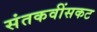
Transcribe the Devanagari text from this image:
संतकवींसकट